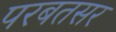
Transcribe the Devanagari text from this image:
परबतसर